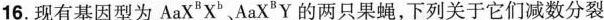
16. 现有基因型为AaX^{B}X^{b}，AaX^{B]Y的两只果蝇，下列关于它们减数分裂